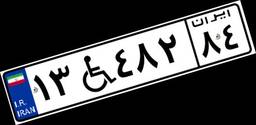
۱۳W۴۸۲۸۴